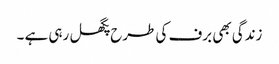
زندگی بھی برف کی طرح پگھل رہی ہے ۔